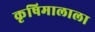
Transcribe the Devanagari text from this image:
कृषिमालाला